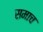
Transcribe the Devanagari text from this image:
समाच